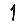
Digit: 1